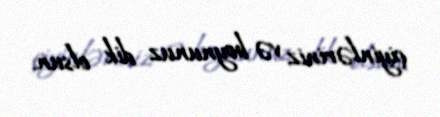
çiyinləriniz və boynunuz dik olsun.